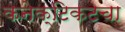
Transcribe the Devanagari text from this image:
कनेक्टिकटचा